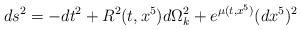
LaTeX: \begin{align*}ds^2=-dt^2 + R^2(t,x^5)d\Omega^2_k + e^{{\mu}(t,x^5)} (dx^5)^2\end{align*}